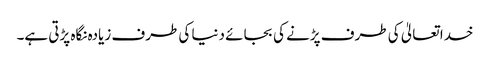
خدا تعالیٰ کی طرف پڑنے کی بجائے دنیا کی طرف زیادہ نگاہ پڑتی ہے۔